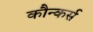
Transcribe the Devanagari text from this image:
कौन्कर्स